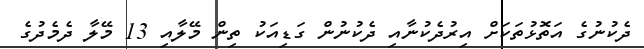
ދެކުނުގެ އަތޮޅުތަކަށް އިރުދެކުނާއި ދެކުނުން ގަޑިއަކު ތިން މޭލާއި 13 މޭލާ ދެމެދުގެ